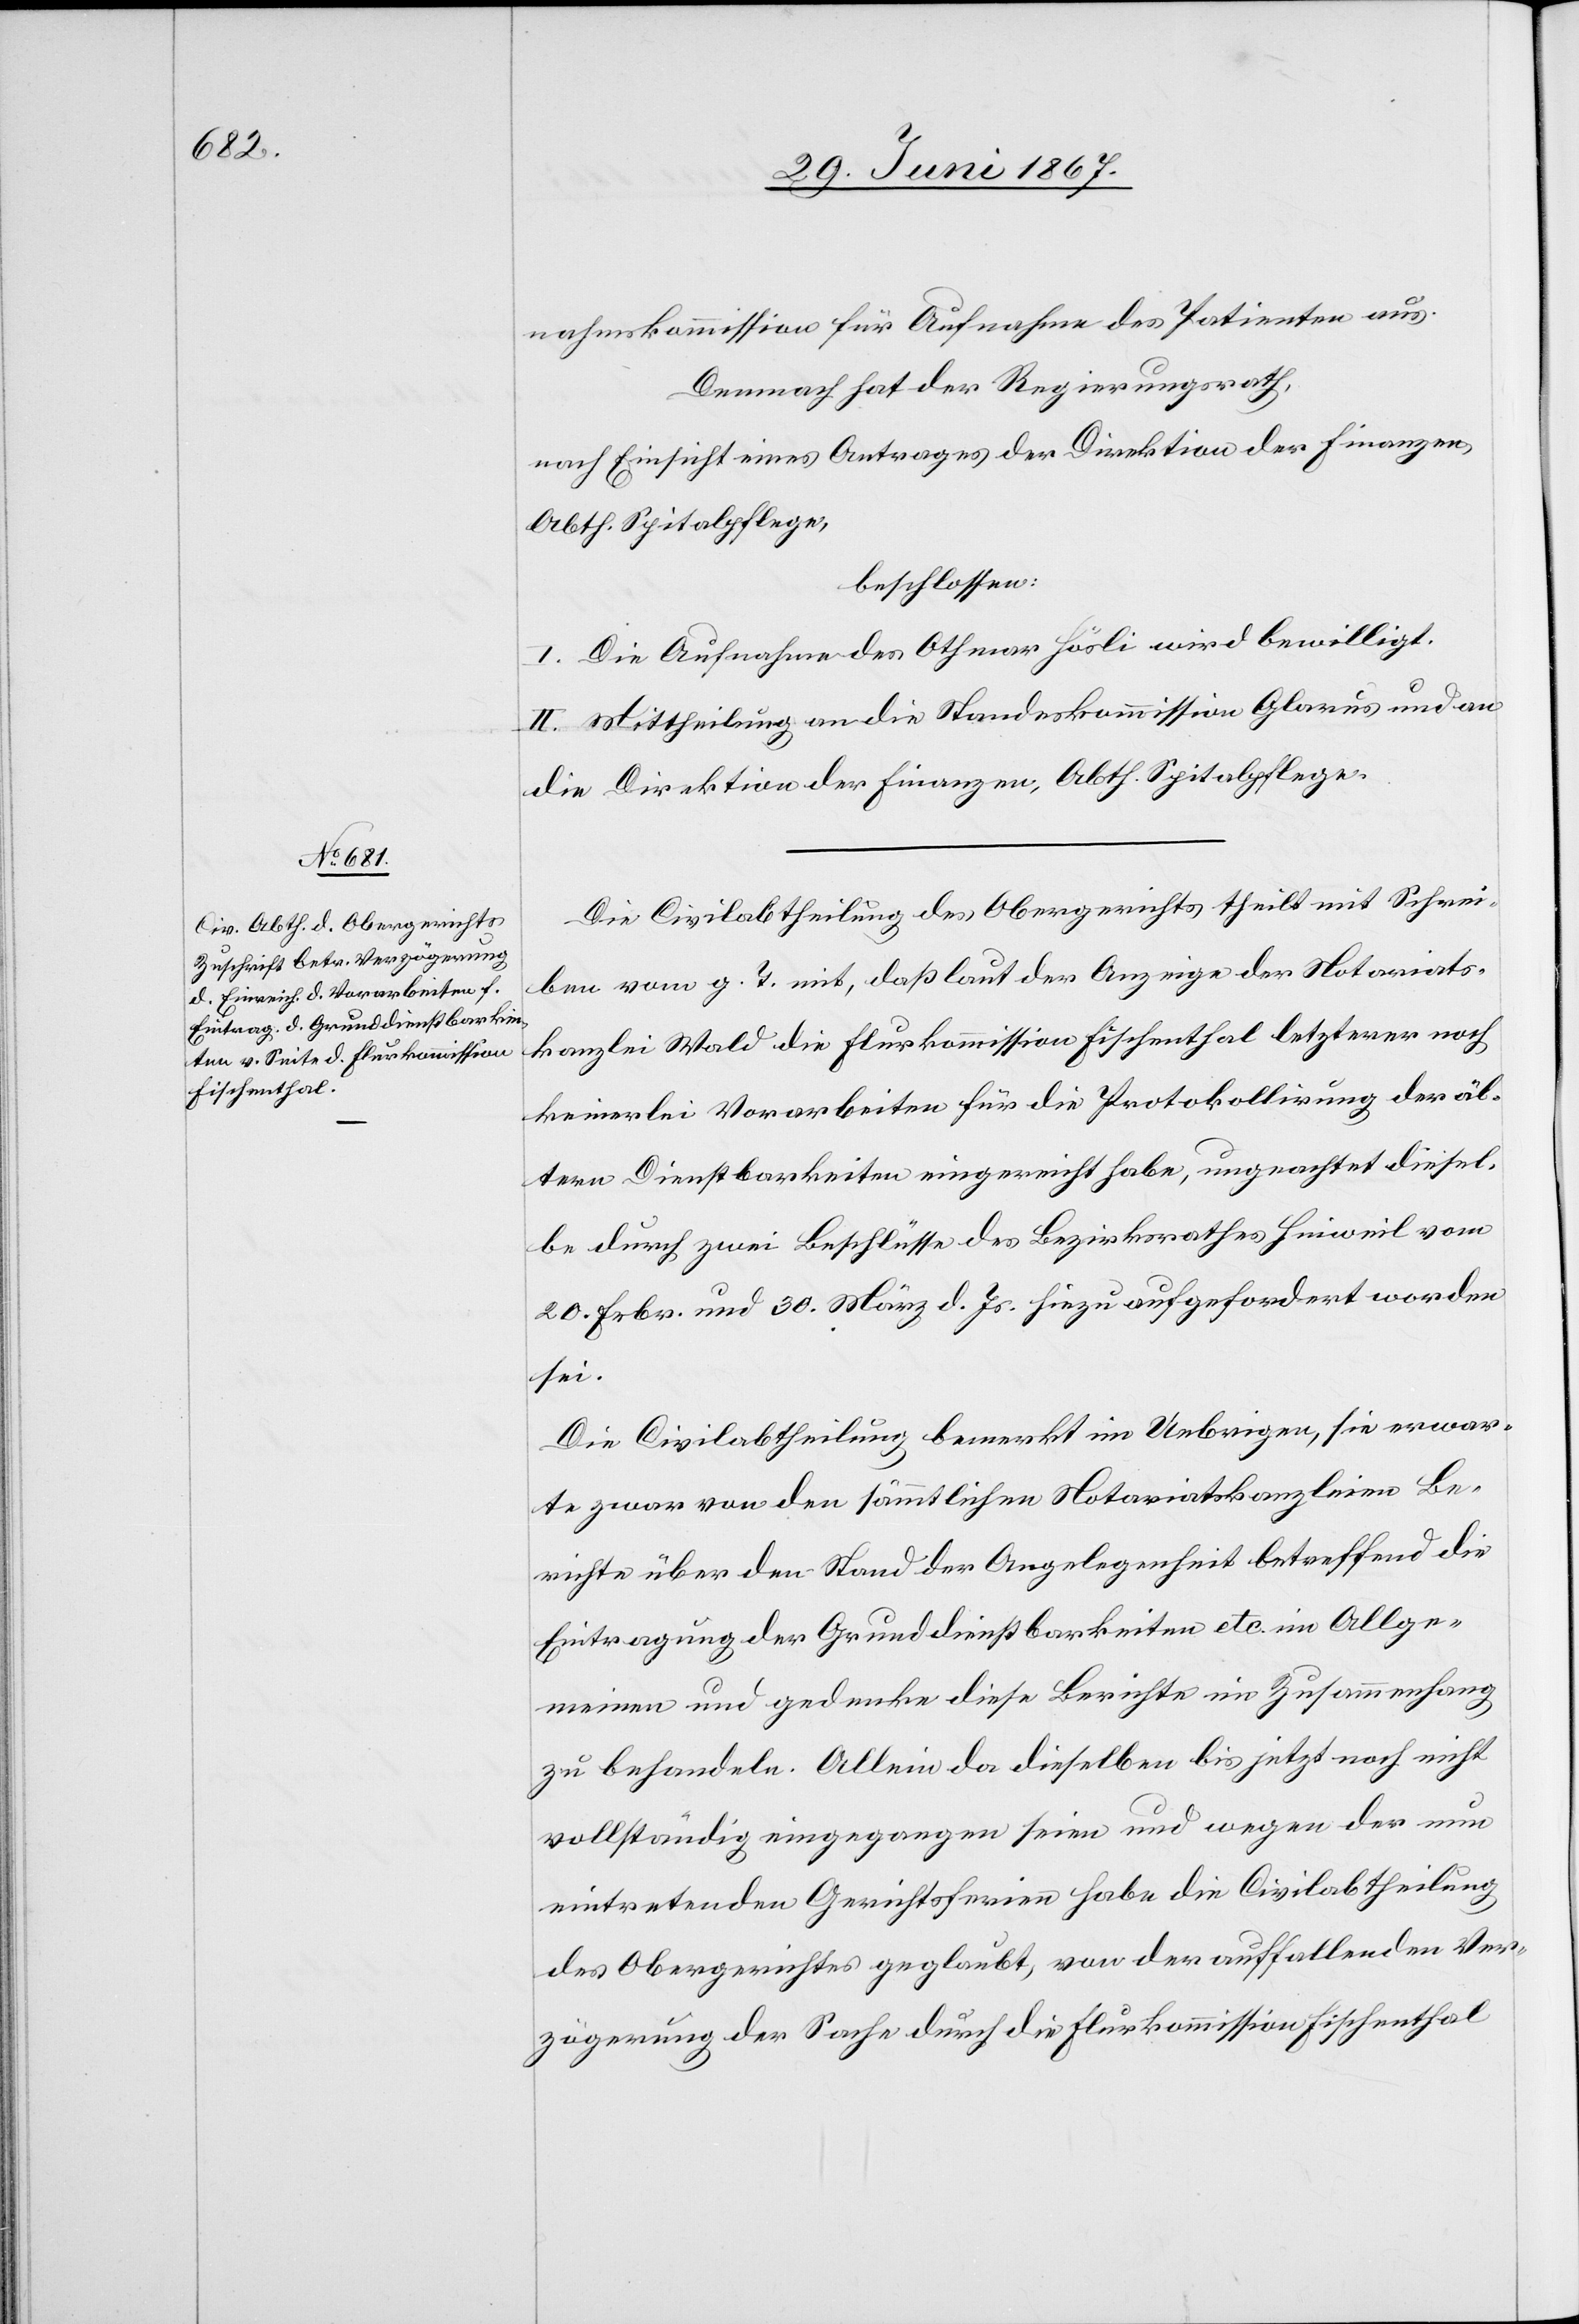
12.

nahmskommission für Aufnahme des Patienten aus.
Demnach hat der Regierungsrath,
nach Einsicht eines Antrages der Direktion der Finanzen,
Abth. Spitalpflege,
beschlossen:
I: Die Aufnahme des Othmar Häsli wird bewilligt.
II. Mittheilung an die Standeskommission Glarus und an
die Direktion der Finanzen, Abth. Spitalpflege.
Die Civilabtheilung des Obergerichtes theilt mit Schrei¬
ben vom g. T. mit, daß laut der Anzeige der Notariats¬
kanzlei Wald die Flurkommission Fischenthal letzterer noch
keinerlei Vorarbeiten für die Protokollirung der äl¬
tern Dienstbarkeiten eingereicht habe, ungeachtet diesel¬
be durch zwei Beschlüsse des Bezirksrathes Hinweil vom
20. Febr. und 30. März d. Js. hiezu aufgefordert worden
sei.
Die Civilabtheilung bemerkt im Uebrigen, sie erwar¬
te zwar von den sämmtlichen Notariatskanzleien Be¬
richte über den Stand der Angelegenheit betreffend die
Eintragung der Grunddienstbarkeiten etc. im Allge¬
meinen und gedenke diese Berichte im Zusammenhang
zu behandeln. Allein da dieselben bis jetzt noch nicht
vollständig eingegangen seien und wegen der nun
eintretenden Gerichtsferien habe die Civilabtheilung
des Obergerichtes geglaubt, von der auffallenden Ver¬
zögerung der Sache durch die Flurkommission Fischenthal